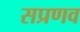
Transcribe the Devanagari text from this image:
सप्रणव